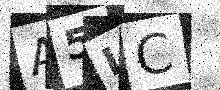
Text: A5LC